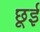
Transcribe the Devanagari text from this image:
छूई